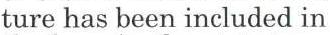
ture has been included in